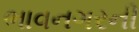
ભાવનગરની